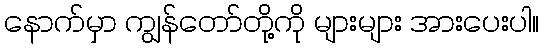
နောက်မှာ ကျွန်တော်တို့ကို များများ အားပေးပါ။